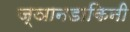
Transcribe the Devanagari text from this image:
ज्ञानडाकिनी